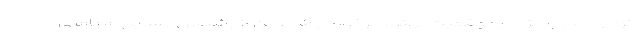
کرد و احمدی نژاد از موقعیت بهتری برخوردار شد. این کارشناس مسایل سیاسی